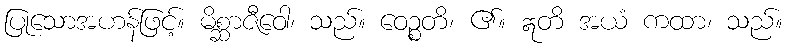
ပြုသောအဟန်ဖြင့်။ မိစ္ဆာဇီဝေါ၊ သည်။ ဝေဉ္စတိ၊ ၏။ ဣတိ အယံ ကထာ၊ သည်။